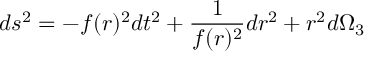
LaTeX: d s ^ { 2 } = - f ( r ) ^ { 2 } d t ^ { 2 } + { \frac { 1 } { f ( r ) ^ { 2 } } } d r ^ { 2 } + r ^ { 2 } d \Omega _ { 3 }